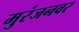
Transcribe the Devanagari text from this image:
मुरंजनवर